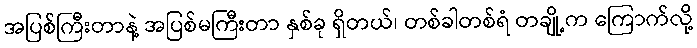
အပြစ်ကြီးတာနဲ့ အပြစ်မကြီးတာ နှစ်ခု ရှိတယ်၊ တစ်ခါတစ်ရံ တချို့က ကြောက်လို့